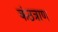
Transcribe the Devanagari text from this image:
कंठत्राण